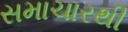
સમાચારથી